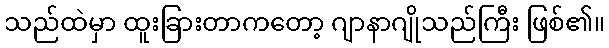
သည်ထဲမှာ ထူးခြားတာကတော့ ဂျာနာဂျိုသည်ကြီး ဖြစ်၏။